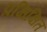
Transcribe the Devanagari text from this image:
प्रक्षिक्षित